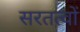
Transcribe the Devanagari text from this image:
सरतत्वों